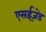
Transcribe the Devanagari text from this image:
एसईज़ेड